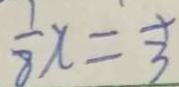
\frac { 1 } { 8 } x = \frac { 1 } { 3 }